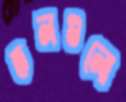
তলগুলো